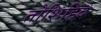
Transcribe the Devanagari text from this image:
तोशिहिदे